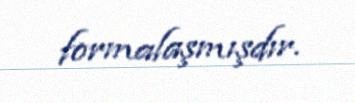
formalaşmışdır.